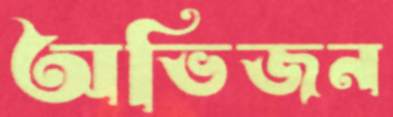
অভিজন